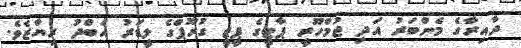
ދާއިރާގެ މެންބަރު އަދި ޖުމްހޫރީ ޕާޓީގެ ޕީޖީ ގުރޫޕްގެ ލީޑަރު އަބްދު ރިޔާޒެވެ.